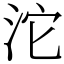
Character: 沱